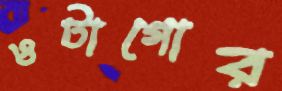
ওটাগোর